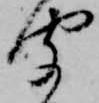
聞